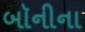
બૉનીના